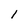
Character: l